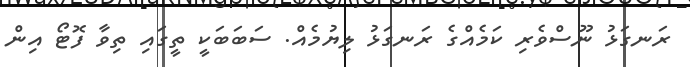
ރަނގަޅު ނޫސްވެރި ކަމެއްގެ ރަނގަޅު ލިޔުމެއް. ސަބަބަކީ ތީގައި ތިވާ ފޮޓޯ އިން